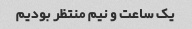
یک ساعت و نیم منتظر بودیم